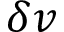
\delta v